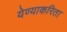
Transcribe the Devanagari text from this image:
येण्याकरिता